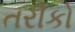
તરીકો